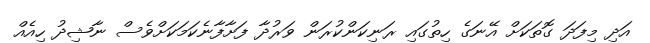
އަދި މިފަދަ ގޮތަކަށް އޭނަގެ ހިތުގައި ރަނިކަންކުރަން ވަރުދާ ފަށާފާނެކަމަކަށްވެސް ނާޝިދު ހިއެއް